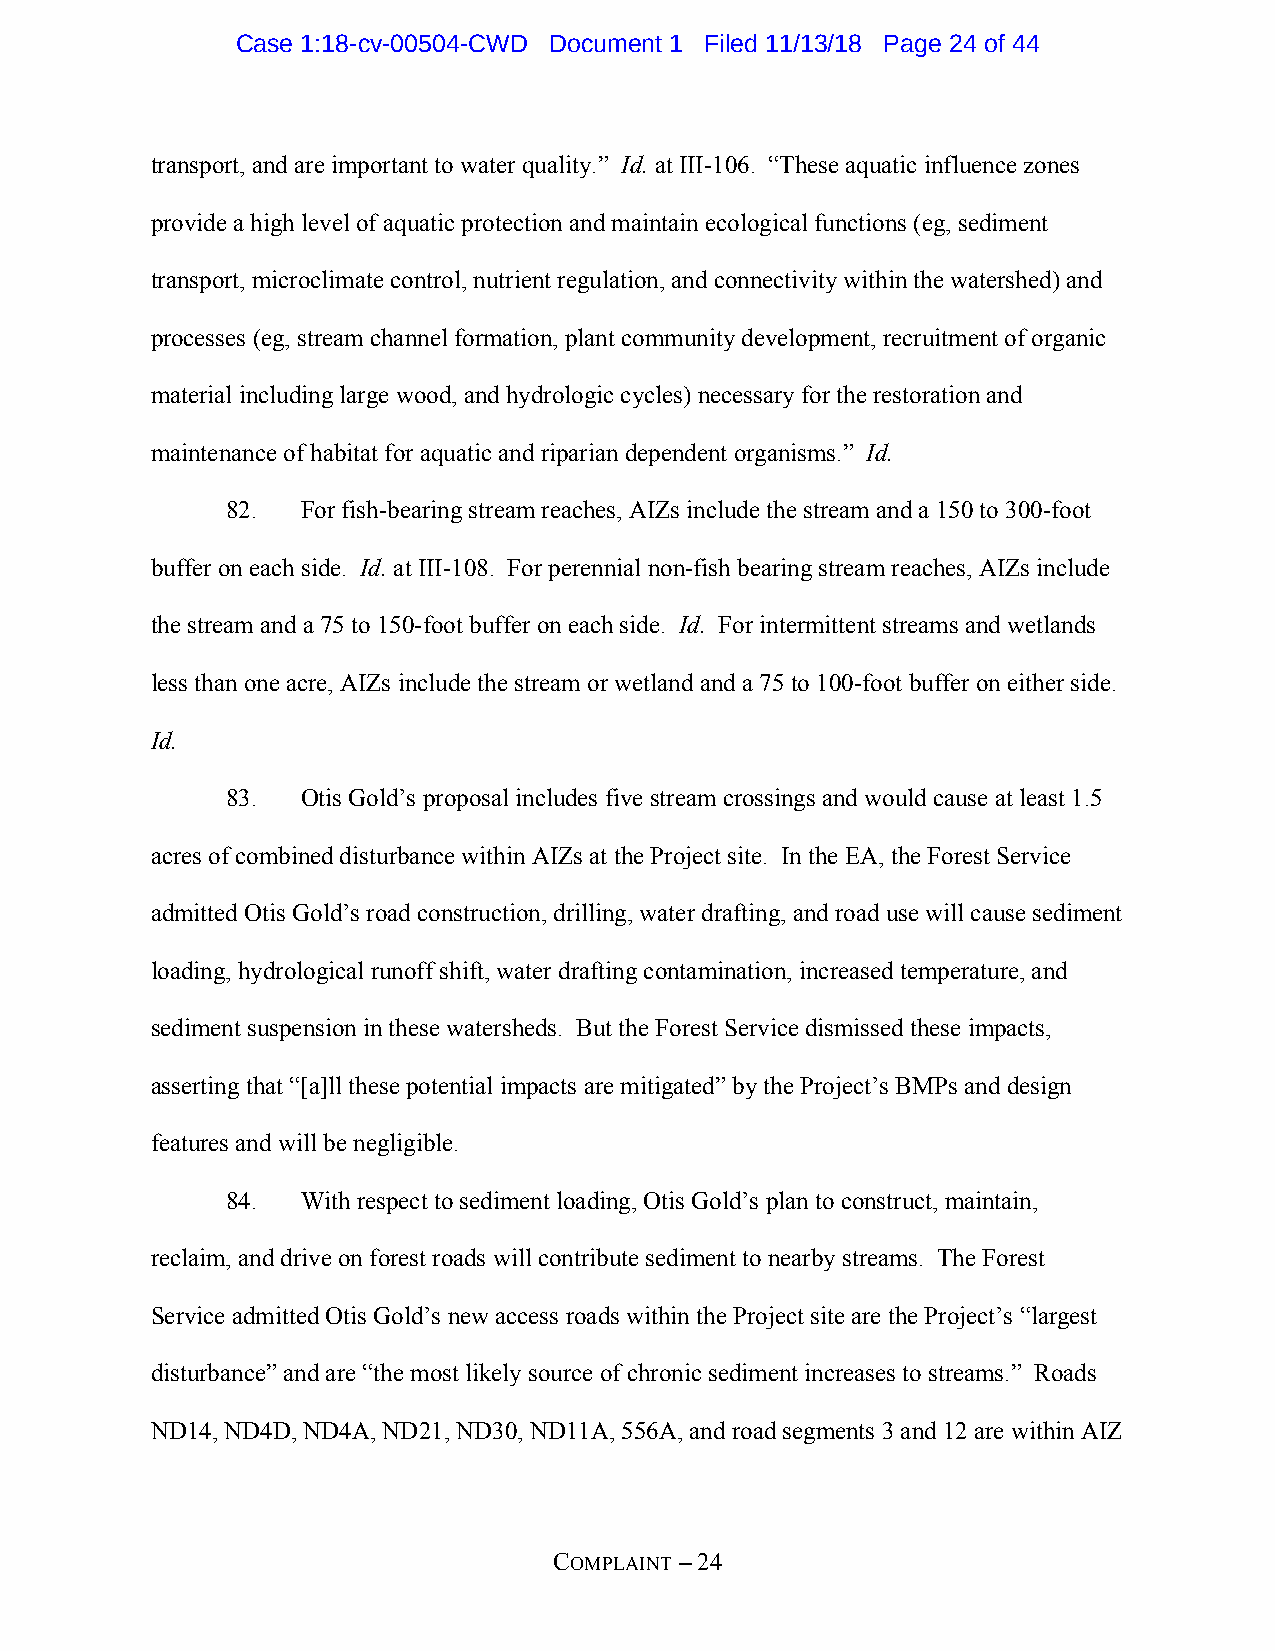
Case 1:18-cv-00504-CWD Document 1 Filed 11/13/18 Page 24 of 44
 transport, and are important to water quality.” Id. at III-106. “These aquatic influence zones
 provide a high level of aquatic protection and maintain ecological functions (eg, sediment
 transport, microclimate control, nutrient regulation, and connectivity within the watershed) and
 processes (eg, stream channel formation, plant community development, recruitment of organic
 material including large wood, and hydrologic cycles) necessary for the restoration and
 maintenance of habitat for aquatic and riparian dependent organisms.” Id.
 82.  For fish-bearing stream reaches, AIZs include the stream and a 150 to 300-foot
 buffer on each side. Id. at III-108. For perennial non-fish bearing stream reaches, AIZs include
 the stream and a 75 to 150-foot buffer on each side. Id. For intermittent streams and wetlands
 less than one acre, AIZs include the stream or wetland and a 75 to 100-foot buffer on either side.
 Id.
 83.  Otis Gold’s proposal includes five stream crossings and would cause at least 1.5
 acres of combined disturbance within AIZs at the Project site. In the EA, the Forest Service
 admitted Otis Gold’s road construction, drilling, water drafting, and road use will cause sediment
 loading, hydrological runoff shift, water drafting contamination, increased temperature, and
 sediment suspension in these watersheds. But the Forest Service dismissed these impacts,
 asserting that “[a]ll these potential impacts are mitigated” by the Project’s BMPs and design
 features and will be negligible.
 84.  With respect to sediment loading, Otis Gold’s plan to construct, maintain,
 reclaim, and drive on forest roads will contribute sediment to nearby streams. The Forest
 Service admitted Otis Gold’s new access roads within the Project site are the Project’s “largest
 disturbance” and are “the most likely source of chronic sediment increases to streams.” Roads
 ND14, ND4D, ND4A, ND21, ND30, ND11A, 556A, and road segments 3 and 12 are within AIZ
 COMPLAINT – 24